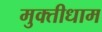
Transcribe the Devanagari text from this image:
मुक्तीधाम